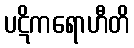
ပဋိကရောဟီတိ